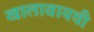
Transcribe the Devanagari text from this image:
खालावायची